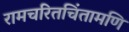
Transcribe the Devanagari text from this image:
रामचरितचिंतामणि